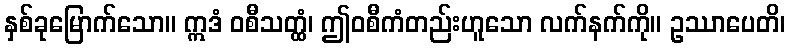
နှစ်ခုမြောက်သော။ ဣဒံ ဝစီသတ္ထံ၊ ဤဝစီကံတည်းဟူသော လက်နက်ကို။ ဥဿာပေတိ၊